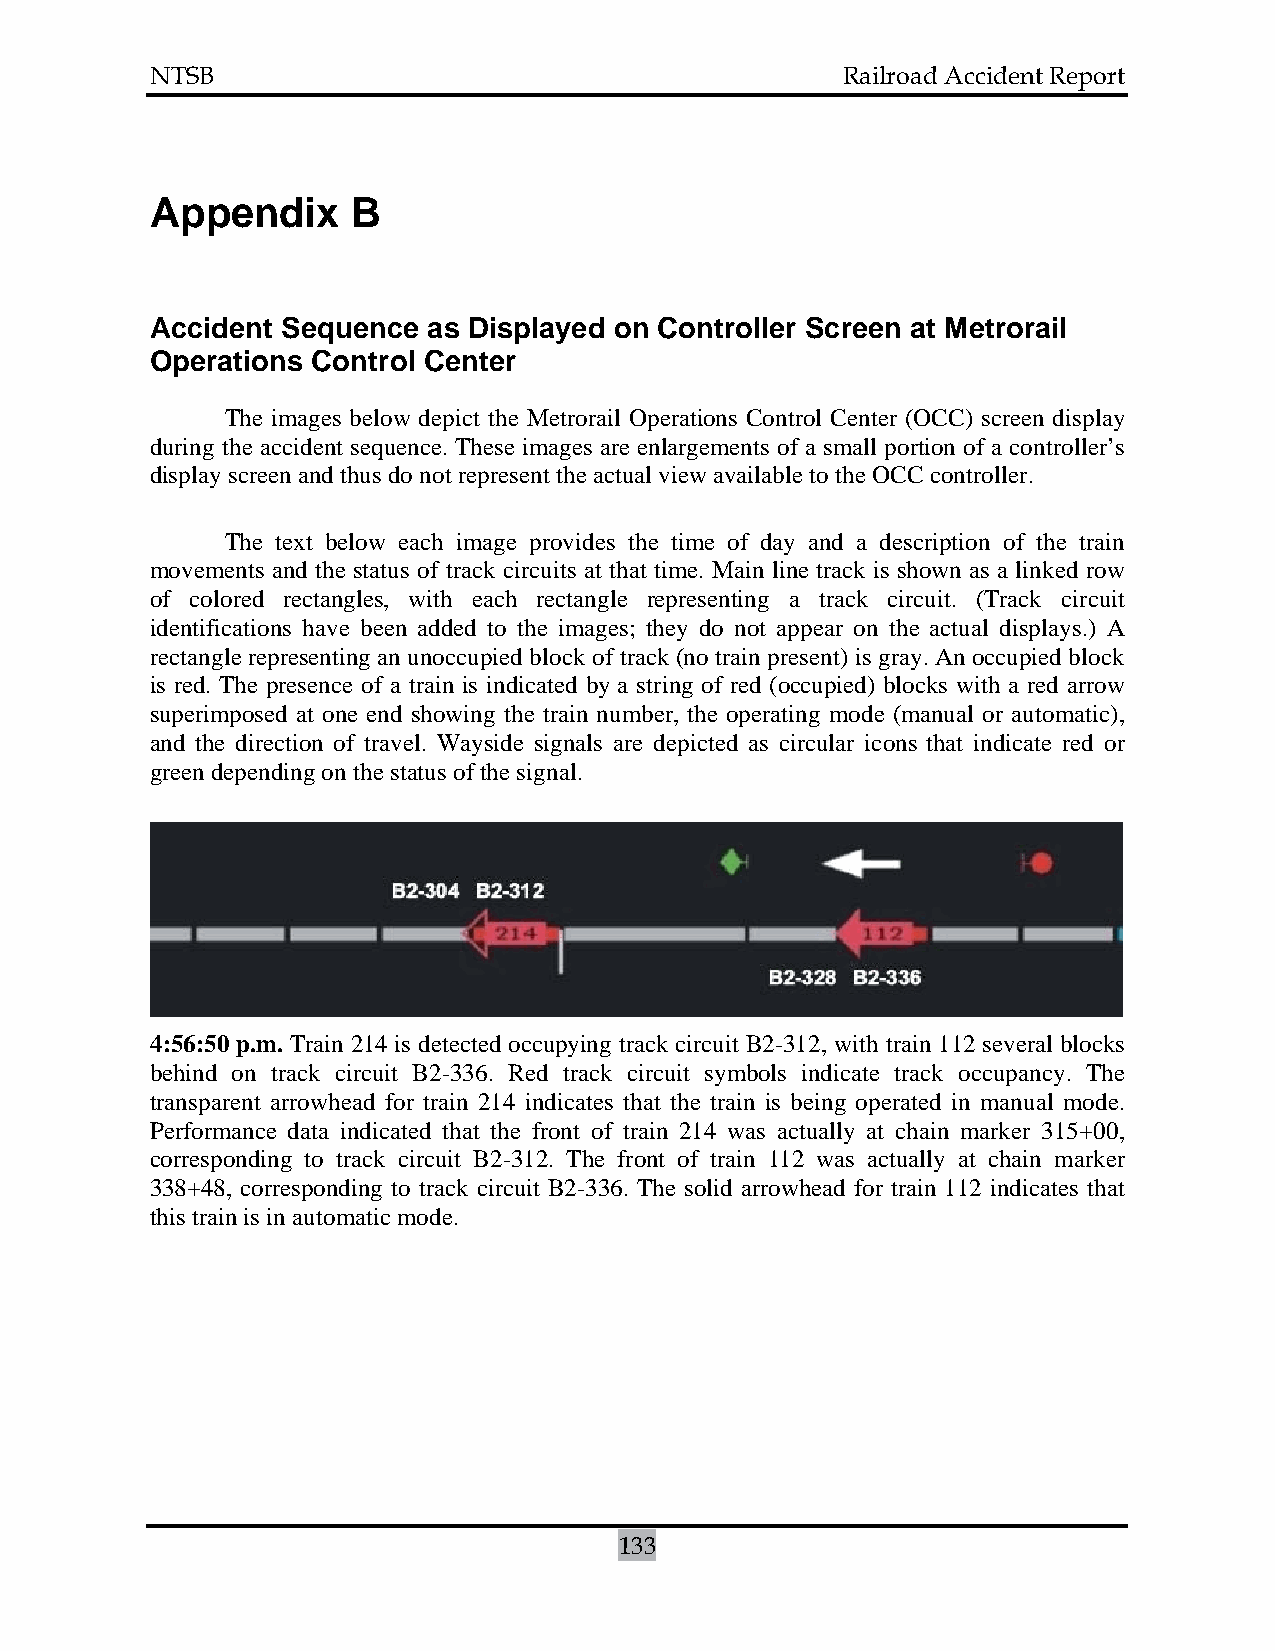
NTSB                                          Railroad Accident Report
 Appendix     B
 Accident Sequence as Displayed on Controller Screen at Metrorail
 Operations Control Center
 The images below depict the Metrorail Operations Control Center (OCC) screen display
 during the accident sequence. These images are enlargements of a small portion of a controller’s
 display screen and thus do not represent the actual view available to the OCC controller.
 The text below each image provides the time of day and a description of the train
 movements and the status of track circuits at that time. Main line track is shown as a linked row
 of colored rectangles, with each rectangle representing a track circuit. (Track circuit
 identifications have been added to the images; they do not appear on the actual displays.) A
 rectangle representing an unoccupied block of track (no train present) is gray. An occupied block
 is red. The presence of a train is indicated by a string of red (occupied) blocks with a red arrow
 superimposed at one end showing the train number, the operating mode (manual or automatic),
 and the direction of travel. Wayside signals are depicted as circular icons that indicate red or
 green depending on the status of the signal.
 4:56:50 p.m. Train 214 is detected occupying track circuit B2-312, with train 112 several blocks
 behind on track circuit B2-336. Red track circuit symbols indicate track occupancy. The
 transparent arrowhead for train 214 indicates that the train is being operated in manual mode.
 Performance data indicated that the front of train 214 was actually at chain marker 315+00,
 corresponding to track circuit B2-312. The front of train 112 was actually at chain marker
 338+48, corresponding to track circuit B2-336. The solid arrowhead for train 112 indicates that
 this train is in automatic mode.
 133